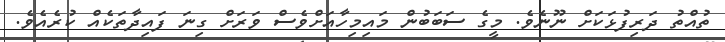
ތުއްތު ދަރިފުޅަކަށް ނޫނެވެ. މީގެ ސަބަބުން މައިމިހާއަށްވެސް ވަރަށް ގިނަ ފައިދާތަކެއް ކުރެއެވެ.